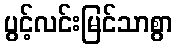
ပွင့်လင်းမြင်သာစွာ